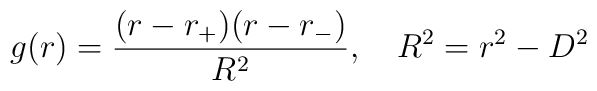
g(r)={(r-r_+)(r-r_-) \over R^2}, \ \ \ R^2=r^2-D^2